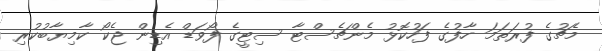
މެޗުގެ ފުރަތަމަ ހާފުގެ ފަހުކޮޅު މެންޗެސްޓާ ސިޓީގެ ފޯވަޑް އެޑިން ޖެކޯ ކާމިޔާބުކުރި